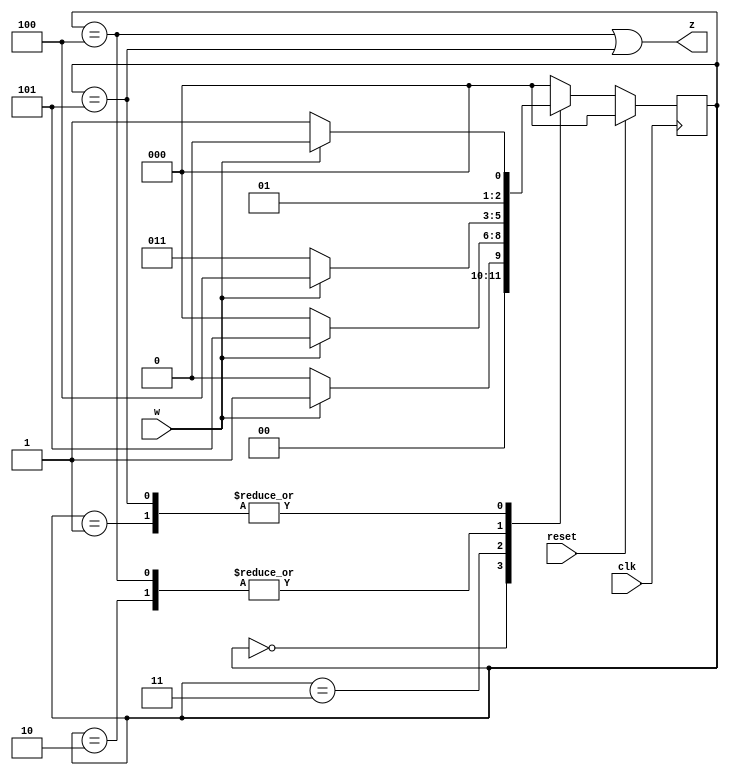
module top_module (
    input               clk     ,
    input               reset   ,
    input               w       ,
    output              z
);

    parameter   A = 0,  // 000
                B = 1,  // 001
                C = 2,  // 010
                D = 3,  // 011
                E = 4,  // 100
                F = 5;  // 101

    reg             [2 : 0] curr_state, next_state;

    always @ (posedge clk) begin
        if (reset)  curr_state <= A;
        else        curr_state <= next_state;
    end

    always @ (*) begin
        case (curr_state)
            A       :   next_state = w ? B : A;
            B       :   next_state = w ? C : D;
            C       :   next_state = w ? E : D;
            D       :   next_state = w ? F : A;
            E       :   next_state = w ? E : D;
            F       :   next_state = w ? C : D;
            default :   next_state = A;
        endcase
    end

    assign z = (curr_state == E) | (curr_state == F);

endmodule